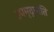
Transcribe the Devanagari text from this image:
उपमृद्गाति